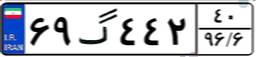
۶۹گ۴۴۲۴۰